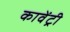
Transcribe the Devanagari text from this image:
कावेंट्री